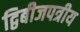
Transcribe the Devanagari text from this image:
द्विबीजपत्रीय